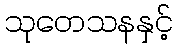
သုတေသနနှင့်